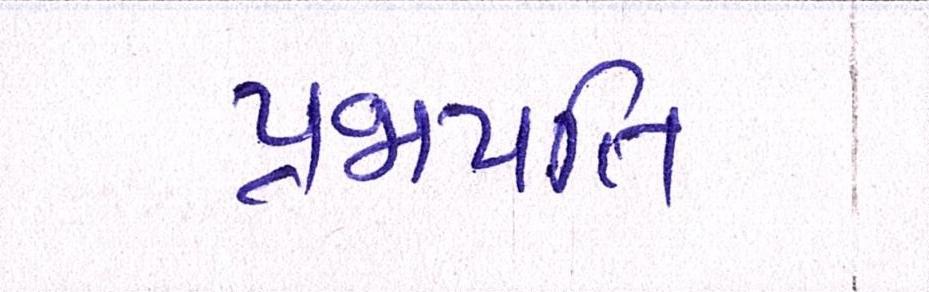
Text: પ્રજાપતિ